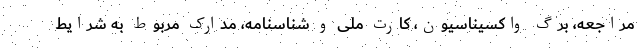
مراجعه، برگ واکسیناسیون، کارت ملی و شناسنامه، مدارک مربوط به شرایط